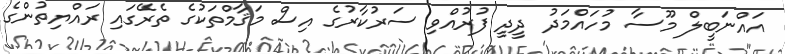
އައްނަބީލް މޫސާ މުހައްމަދު ދީދީ ފުރުއްވި ސަރުކާރުގެ އިސް މަޤާމްތަކުގެ ތެރޭގައި ރައްޔިތުންގެ